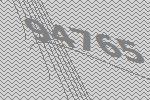
94765